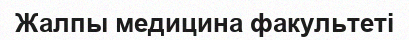
Жалпы медицина факультеті